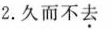
2.久而不去